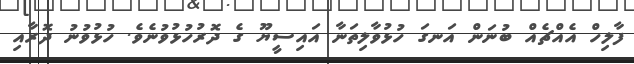
ފާލިހް އެއްޗެއް ބުނަން އަނގަ ހުޅުވާލިތަނާ އައިސީޔޫ ގެ ދޮރުހުޅުވުނެވެ. ހުޅުވުނު ދޮރާއި